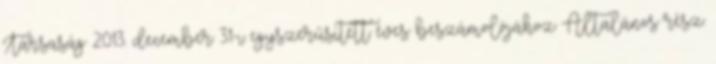
Társaság 2013. december 31-i egyszerűsített éves beszámolójához Általános rész: